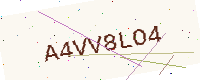
Text: A4VV8LO4